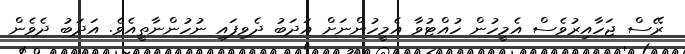
ރޭސް ޖަހާއިރުވެސް އެމީހުން ހުއްޓުވާ އެމީހުންނަށް އަދަބު ދެވިފައި ނުހުންނާތީއެވެ. އަދަބު ދެވެން